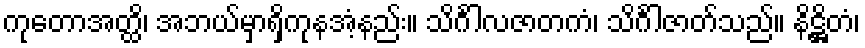
ကုတောအတ္ထိ၊ အဘယ်မှာရှိကုနအံ့နည်း။ သိင်္ဂါလဇာတကံ၊ သိင်္ဂါဇာတ်သည်။ နိဋ္ဌိတံ၊